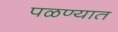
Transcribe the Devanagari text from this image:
पळण्यात